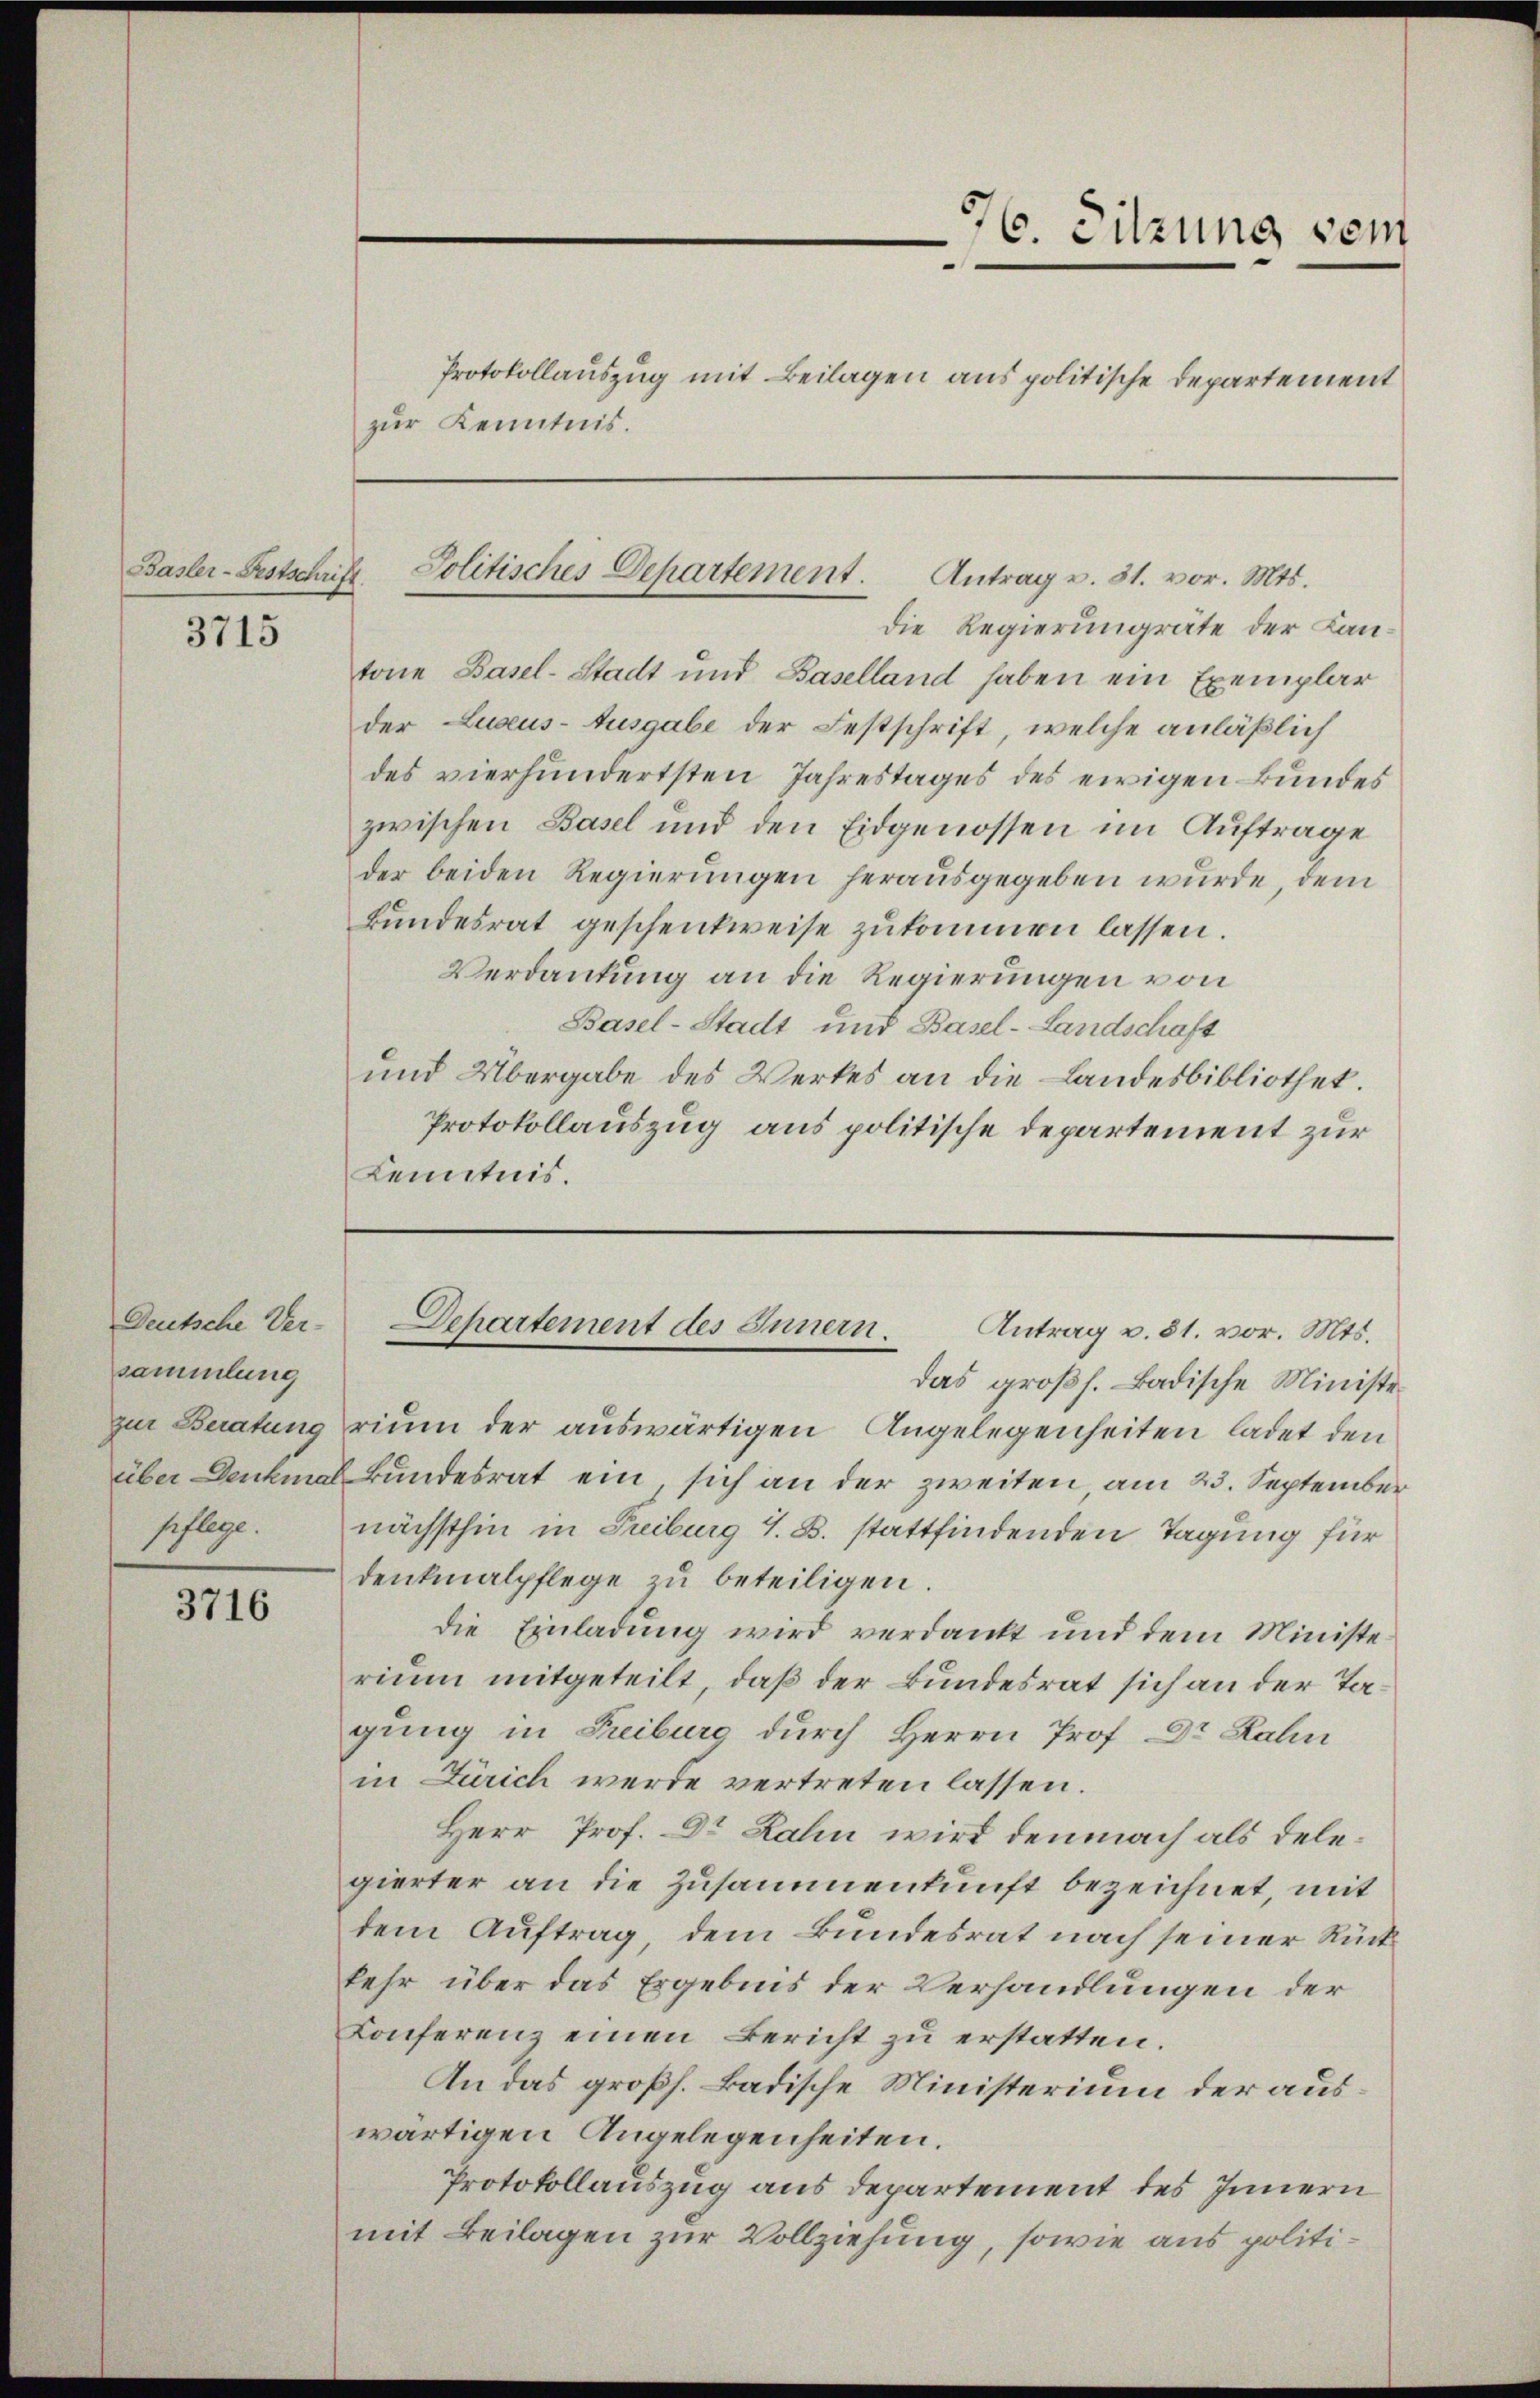
Basler-Festschrift.

3715

Deutsche Ver-
sammlung
pflege.

3716

zŭr Kenntnis.

die Regierungsräte der Kantone Basel-Stadt und Baselland haben ein Exemplar
der Luxus-Ausgabe der Festschrift, welche anläßlich
des vierhundertsten Jahrestages des ewigen Bundes
zwischen Basel und den Eidgenossen im Auftrage
der beiden Regierungen herausgegeben wurde, dem
Bundesrat geschenkweise zukommen lassen.
Verdankung an die Regierungen von
Basel-Stadt und Basel-Landschaft
und Übergabe des Werkes an die Landesbibliothek.
Protokollauszug aus politische Departement zur
Kenntnis.

das großh. Badische Ministezur Beratung rium der auswärtigen Angelegenheiten ladet den
über Denkmal kundesrat ein, sich an der zweiten, am 23. September
nächsthin in Treiburg 1. B. stattfindenden Tagung für
denkmalpflege zu beteiligen.
die Einladung wird verdankt und dem Ministe
rium mitgeteilt, daß der Bundesrat sich an der Tagung in Treiburg durch Herrn Prof. Dr Rahn
in Zürich werde vertreten lassen
Herr Prof. Dr. Rahn wird demnach als delegierter an die Zusammenkunft bezeichnet, mit
dem Auftrag, dem Bundesrat nach seiner Rückkehr über das Ergebnis der Verhandlungen der
Conferenz einen Bericht zu erstatten.
An das großh. Badische Ministerium der auswärtigen Angelegenheiten.
Protokollauszug aus Departement des Innern
mit Beilagen zur Vollziehung, sowie aus politi¬

76. Sitzung vom
Protokollauszug mit Beilagen aus politische Departement

Jolitisches Departement. Antrag u. 31. vor. Mts.

Departement des Innern.
Antrag v. 31. vor. Mts.